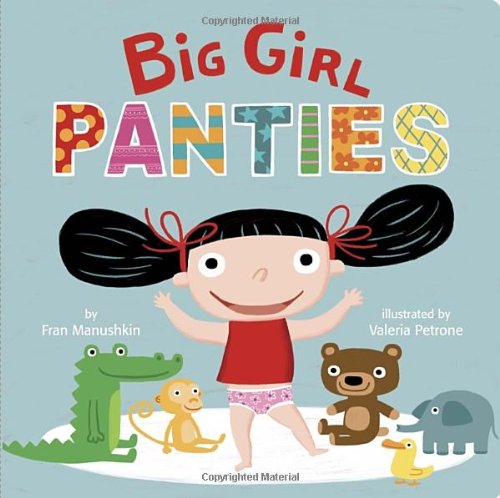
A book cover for Big Girl Panties; Fran Manushkin; Children's Books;